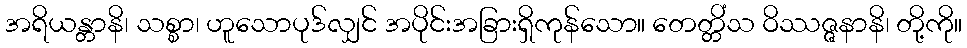
အရိယန္တာနိ၊ သစ္စာ၊ ဟူသောပုဒ်လျှင် အပိုင်းအခြားရှိကုန်သော။ တေတ္တိံသ ဝိဿဇ္ဇနာနိ၊ တို့ကို။